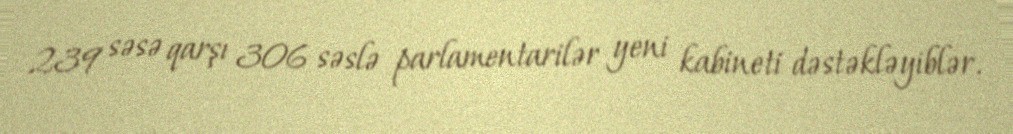
239 səsə qarşı 306 səslə parlamentarilər yeni kabineti dəstəkləyiblər.